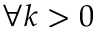
\forall k > 0